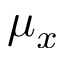
\mu _ { x }